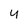
Character: 4